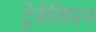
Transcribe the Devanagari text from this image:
ट्रेवेलियन